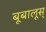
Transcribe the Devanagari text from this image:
बूबालूस्